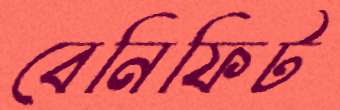
বেনিফিট